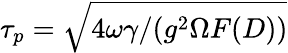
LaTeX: \tau_{p}=\sqrt{4\omega\gamma/(g^{2}\Omega F(D))}